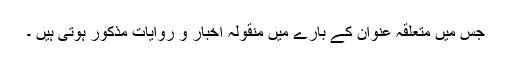
جس میں متعلقہ عنوان کے بارے میں منقولہ اخبار و روایات مذکور ہوتی ہیں ۔